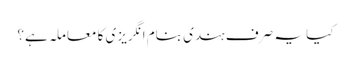
کیا یہ صرف ہندی بنام انگریزی کا معاملہ ہے؟